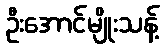
ဦးအောင်မျိုးသန့်